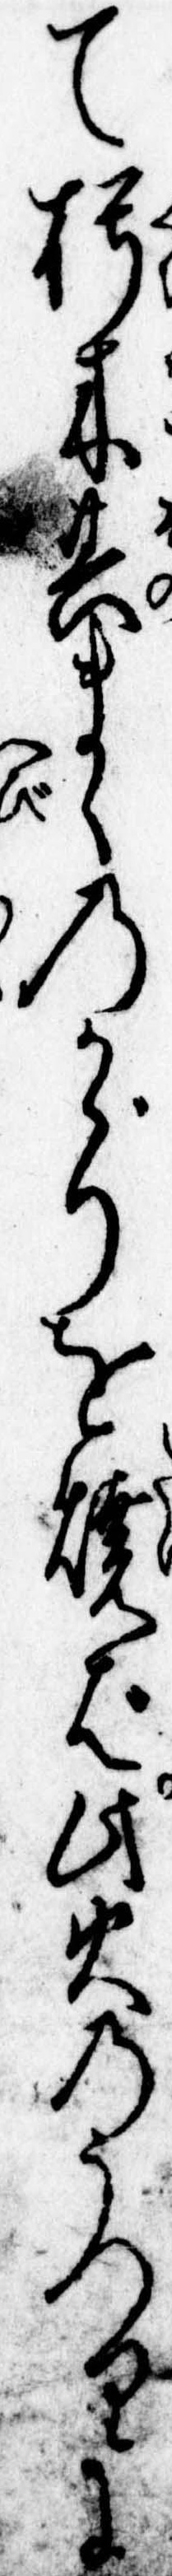
て朽木其まゝのかゞりを焼ば此火のうつりに